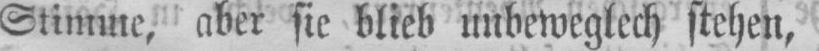
Stimme, aber sie blieb unbeweglech stehen,